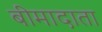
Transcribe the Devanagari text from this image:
बीमादाता